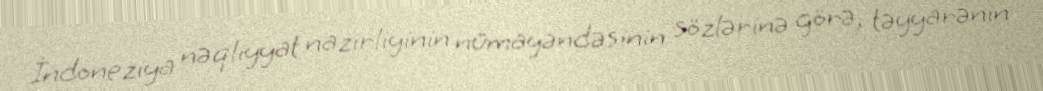
İndoneziya nəqliyyat nazirliyinin nümayəndəsinin sözlərinə görə, təyyarənin